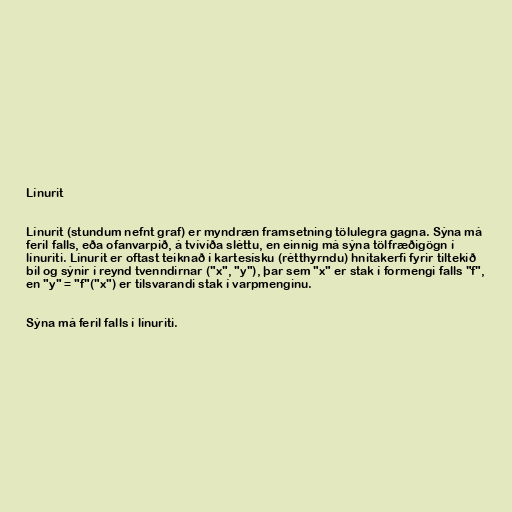
Línurit

Línurit (stundum nefnt graf) er myndræn framsetning tölulegra gagna. Sýna má
feril falls, eða ofanvarpið, á tvívíða sléttu, en einnig má sýna tölfræðigögn í
línuriti. Línurit er oftast teiknað í kartesísku (rétthyrndu) hnitakerfi fyrir tiltekið
bil og sýnir í reynd tvenndirnar ("x", "y"), þar sem "x" er stak í formengi falls "f",
en "y" = "f"("x") er tilsvarandi stak í varpmenginu.

Sýna má feril falls í línuriti.